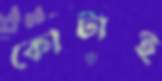
কোটাই